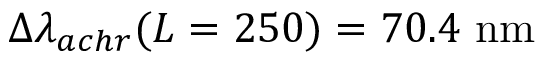
\Delta \lambda _ { a c h r } ( L = 2 5 0 ) = 7 0 . 4 ~ \mathrm { n m }